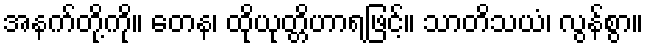
အနက်တို့ကို။ တေန၊ ထိုယုတ္တိဟာရဖြင့်။ သာတိသယံ၊ လွန်စွာ။